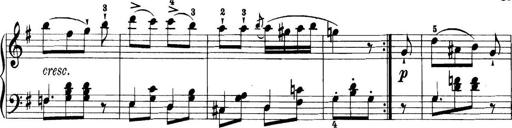
Title: 11 Sonatinas
Composer: Anton Diabelli